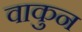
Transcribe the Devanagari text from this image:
वाकुन